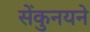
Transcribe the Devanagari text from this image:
सेंकुनयने